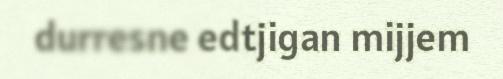
durresne edtjigan mijjem